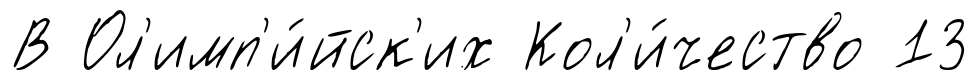
В Ол'имп'и́йск'их Кол'и́чество 13